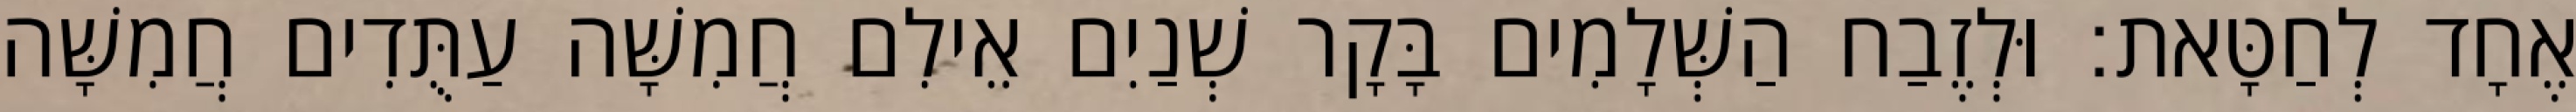
אֶחָד לְחַטָּאת׃ וּלְזֶבַח הַשְּׁלָמִים בָּקָר שְׁנַיִם אֵילִם חֲמִשָּׁה עַתֻּדִים חֲמִשָּׁה